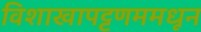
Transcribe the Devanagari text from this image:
विशाखापट्टणममधून